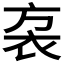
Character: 𧘩